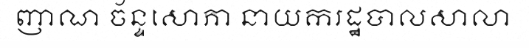
ញាណ ច័ន្ទសោភា នាយករដ្ឋបាលសាលា